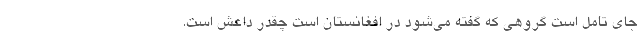
جاي تامل است گروهي كه گفته مي‌شود در افغانستان است چقدر داعش است.